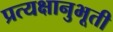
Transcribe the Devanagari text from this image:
प्रत्यक्षानुभूती